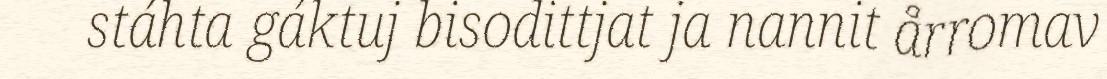
stáhta gáktuj bisodittjat ja nannit årromav